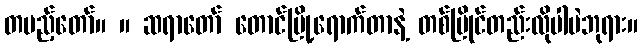
တပည့်တော်။ ။ ဆရာတော် တောင်မြို့ရောက်တာနဲ့ တစ်ပြိုင်တည်းလိုပါပဲဘုရား။